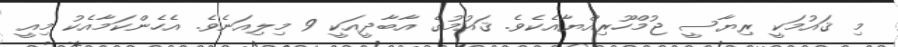
މި ޤައުމަކީ ރިޔާސީ ޖުމްހޫރިއްޔާއެކެވެ. ޤައުމުގެ އާބާދީއަކީ 9 މިލިއަނެވެ. އެހެންކަމާއެކު މިއީ